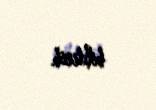
bildirib.